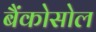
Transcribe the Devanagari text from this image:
बैंकोसोल